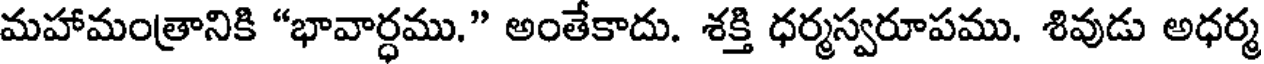
మహామంత్రానికి "భావార్ధము." అంతేకాదు. శక్తి ధర్మస్వరూపము. శివుడు అధర్మ